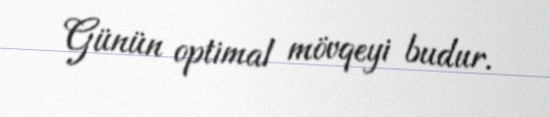
Günün optimal mövqeyi budur.